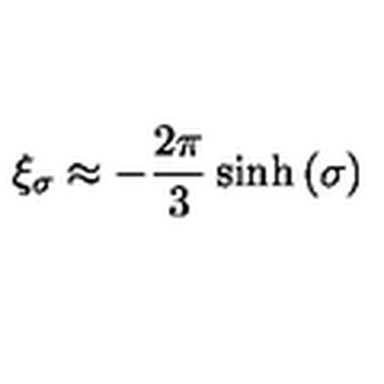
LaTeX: \xi _ { \sigma } \approx - \frac { 2 \pi } { 3 } \sinh { ( \sigma ) }